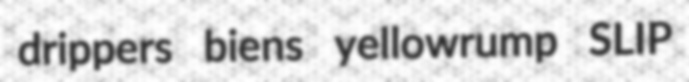
drippers biens yellowrump SLIP